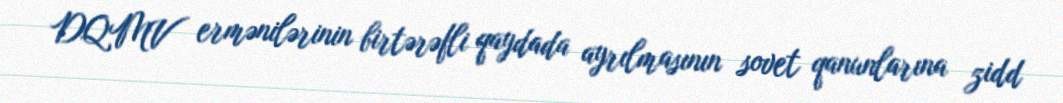
DQMV ermənilərinin birtərəfli qaydada ayrılmasının sovet qanunlarına zidd